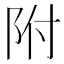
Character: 附